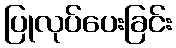
ပြုလုပ်ပေးခြင်း